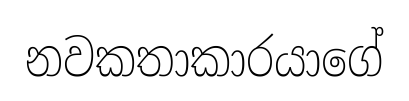
නවකතාකාරයාගේ